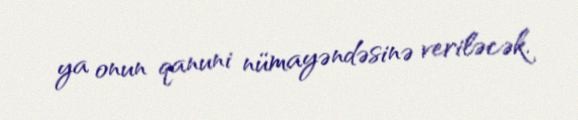
ya onun qanuni nümayəndəsinə veriləcək.